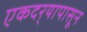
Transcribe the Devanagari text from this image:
एकदर्‍यापासून